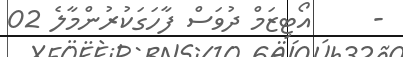
-     އޯޓިޒަމް ދުވަސް ފާހަގަކުރުންމާލެ 02